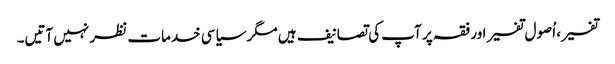
تفسیر، اُصول تفسیر اور فقہ پر آپ کی تصانیف ہیں مگر سیاسی خدمات نظر نہیں آتیں۔